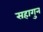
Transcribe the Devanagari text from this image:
सहागुन